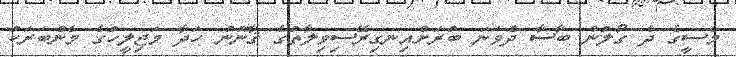
މެސީގެ ދެ ގޯލުން ބާސާ ދެވަނަ ބުރަށްއިނގިރޭސިވިލާތުގެ ޤާނޫނު ހަދާ މަޖިލީހުގެ މެންބަރަކު